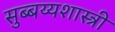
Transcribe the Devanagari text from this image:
सुब्बय्यशास्त्री